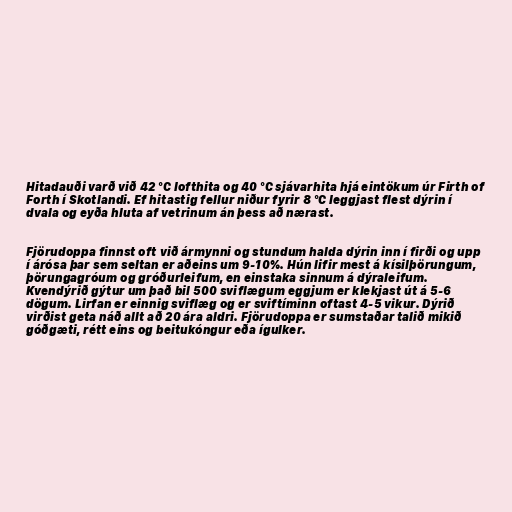
Hitadauði varð við 42 °C lofthita og 40 °C sjávarhita hjá eintökum úr Firth of
Forth í Skotlandi. Ef hitastig fellur niður fyrir 8 °C leggjast flest dýrin í
dvala og eyða hluta af vetrinum án þess að nærast.

Fjörudoppa finnst oft við ármynni og stundum halda dýrin inn í firði og upp
í árósa þar sem seltan er aðeins um 9-10%. Hún lifir mest á kísilþörungum,
þörungagróum og gróðurleifum, en einstaka sinnum á dýraleifum.
Kvendýrið gýtur um það bil 500 sviflægum eggjum er klekjast út á 5-6
dögum. Lirfan er einnig sviflæg og er sviftíminn oftast 4-5 vikur. Dýrið
virðist geta náð allt að 20 ára aldri. Fjörudoppa er sumstaðar talið mikið
góðgæti, rétt eins og beitukóngur eða ígulker.